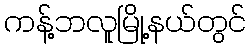
ကန့်ဘလူမြို့နယ်တွင်